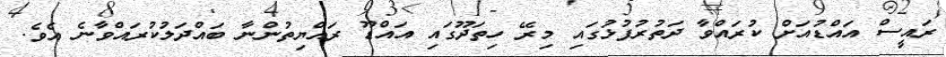
ރައީސް އައްޑުއަށް ކުރައްވާ ދަތުރުފުޅުގައި މިރޭ ހިތަދޫގައި އައްޑޫ ރައްޔިތުންނާ ބައްދަލުކުރައްވާނެ އެވެ.